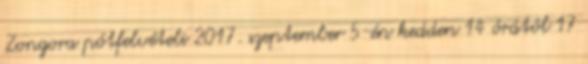
Zongora pótfelvételi 2017. szeptember 5-én kedden 14 órától 17